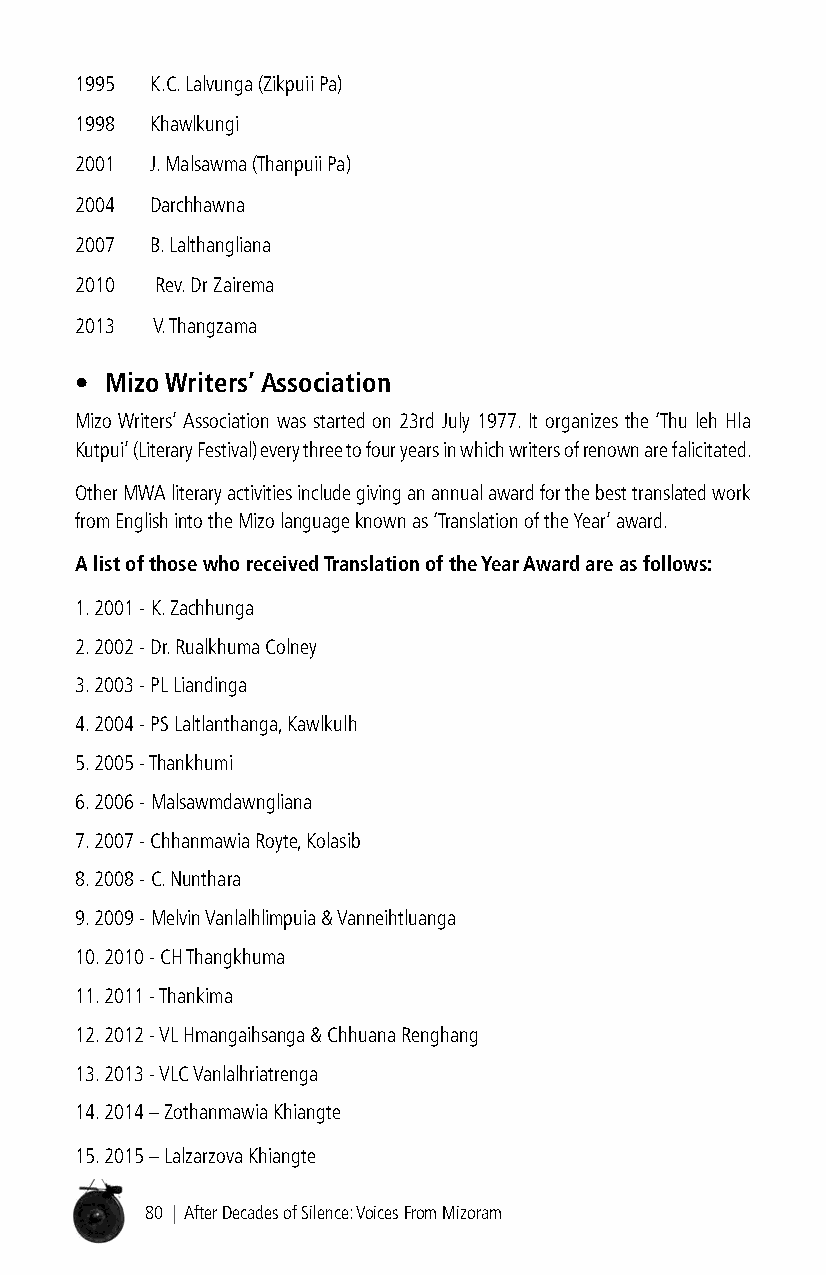
1995 K.C. Lalvunga (Zikpuii Pa)
 1998 Khawlkungi
 2001 J. Malsawma (Thanpuii Pa)
 2004 Darchhawna
 2007 B. Lalthangliana
 2010 Rev. Dr Zairema
 2013 V. Thangzama
 • Mizo Writers’ Association
 Mizo Writers’ Association was started on 23rd July 1977. It organizes the ‘Thu leh Hla
 Kutpui’ (Literary Festival) every three to four years in which writers of renown are falicitated.
 Other MWA literary activities include giving an annual award for the best translated work
 from English into the Mizo language known as ‘Translation of the Year’ award.
 A list of those who received translation of the Year Award are as follows:
 1. 2001 - K. Zachhunga
 2. 2002 - Dr. Rualkhuma Colney
 3. 2003 - PL Liandinga
 4. 2004 - PS Laltlanthanga, Kawlkulh
 5. 2005 - Thankhumi
 6. 2006 - Malsawmdawngliana
 7. 2007 - Chhanmawia Royte, Kolasib
 8. 2008 - C. Nunthara
 9. 2009 - Melvin Vanlalhlimpuia & Vanneihtluanga
 10. 2010 - CH Thangkhuma
 11. 2011 - Thankima
 12. 2012 - VL Hmangaihsanga & Chhuana Renghang
 13. 2013 - VLC Vanlalhriatrenga
 14. 2014 – Zothanmawia Khiangte
 15. 2015 – Lalzarzova Khiangte
 80 | After Decades of Silence: Voices From Mizoram